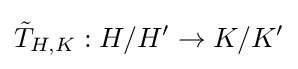
{\tilde {T}}_{H,K}:H/H'\to K/K'